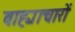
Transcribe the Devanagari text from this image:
वाह्याचारों